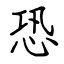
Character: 恐